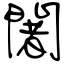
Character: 闍